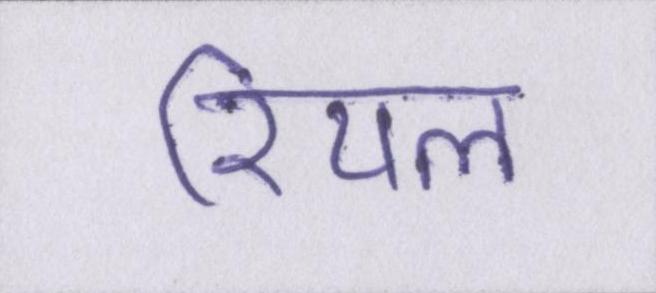
रियल